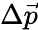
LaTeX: \Delta\vec{p}